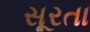
સૂરતા